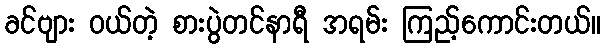
ခင်ဗျား ဝယ်တဲ့ စားပွဲတင်နာရီ အရမ်း ကြည့်ကောင်းတယ်။